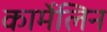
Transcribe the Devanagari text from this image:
कार्मेलिन